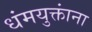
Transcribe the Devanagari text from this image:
धंमयुक्तांना